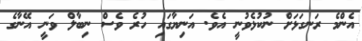
އެންމެ ރަނގަޅަށް ނުކުޅެވުނީ އެވެ. އަނިޔާގައި ހުރެ ވެސް ނިބާލް ވަނީ އޭނާގެ